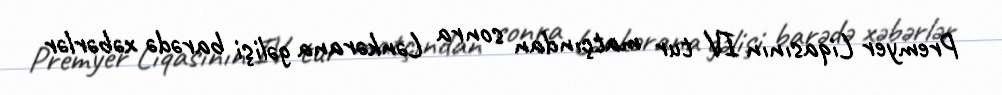
Premyer Liqasının IV tur matçından sonra Lənkərana gəlişi barədə xəbərlər